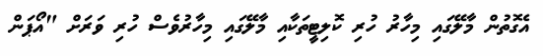
އެގޮތުން މާލޭގައި މިހާރު ހުރި ކޮލިޓީތަކާއި މާލޭގައި މިހާރުވެސް ހުރި ވަރަށް "އޯޕަން